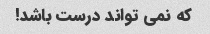
که نمی تواند درست باشد!